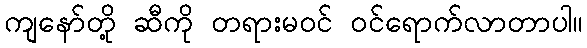
ကျနော်တို့ ဆီကို တရားမဝင် ဝင်ရောက်လာတာပါ။